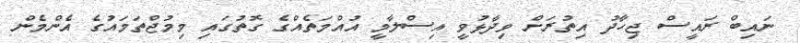
ނައިބް ރައީސް ޖިހާދު އިތުރަށް ވިދާޅުވީ އިސްލާމީ އުއްމަތެއްގެ ގޮތުގައި މިމުޖްތަމައުގެ އެންމެން